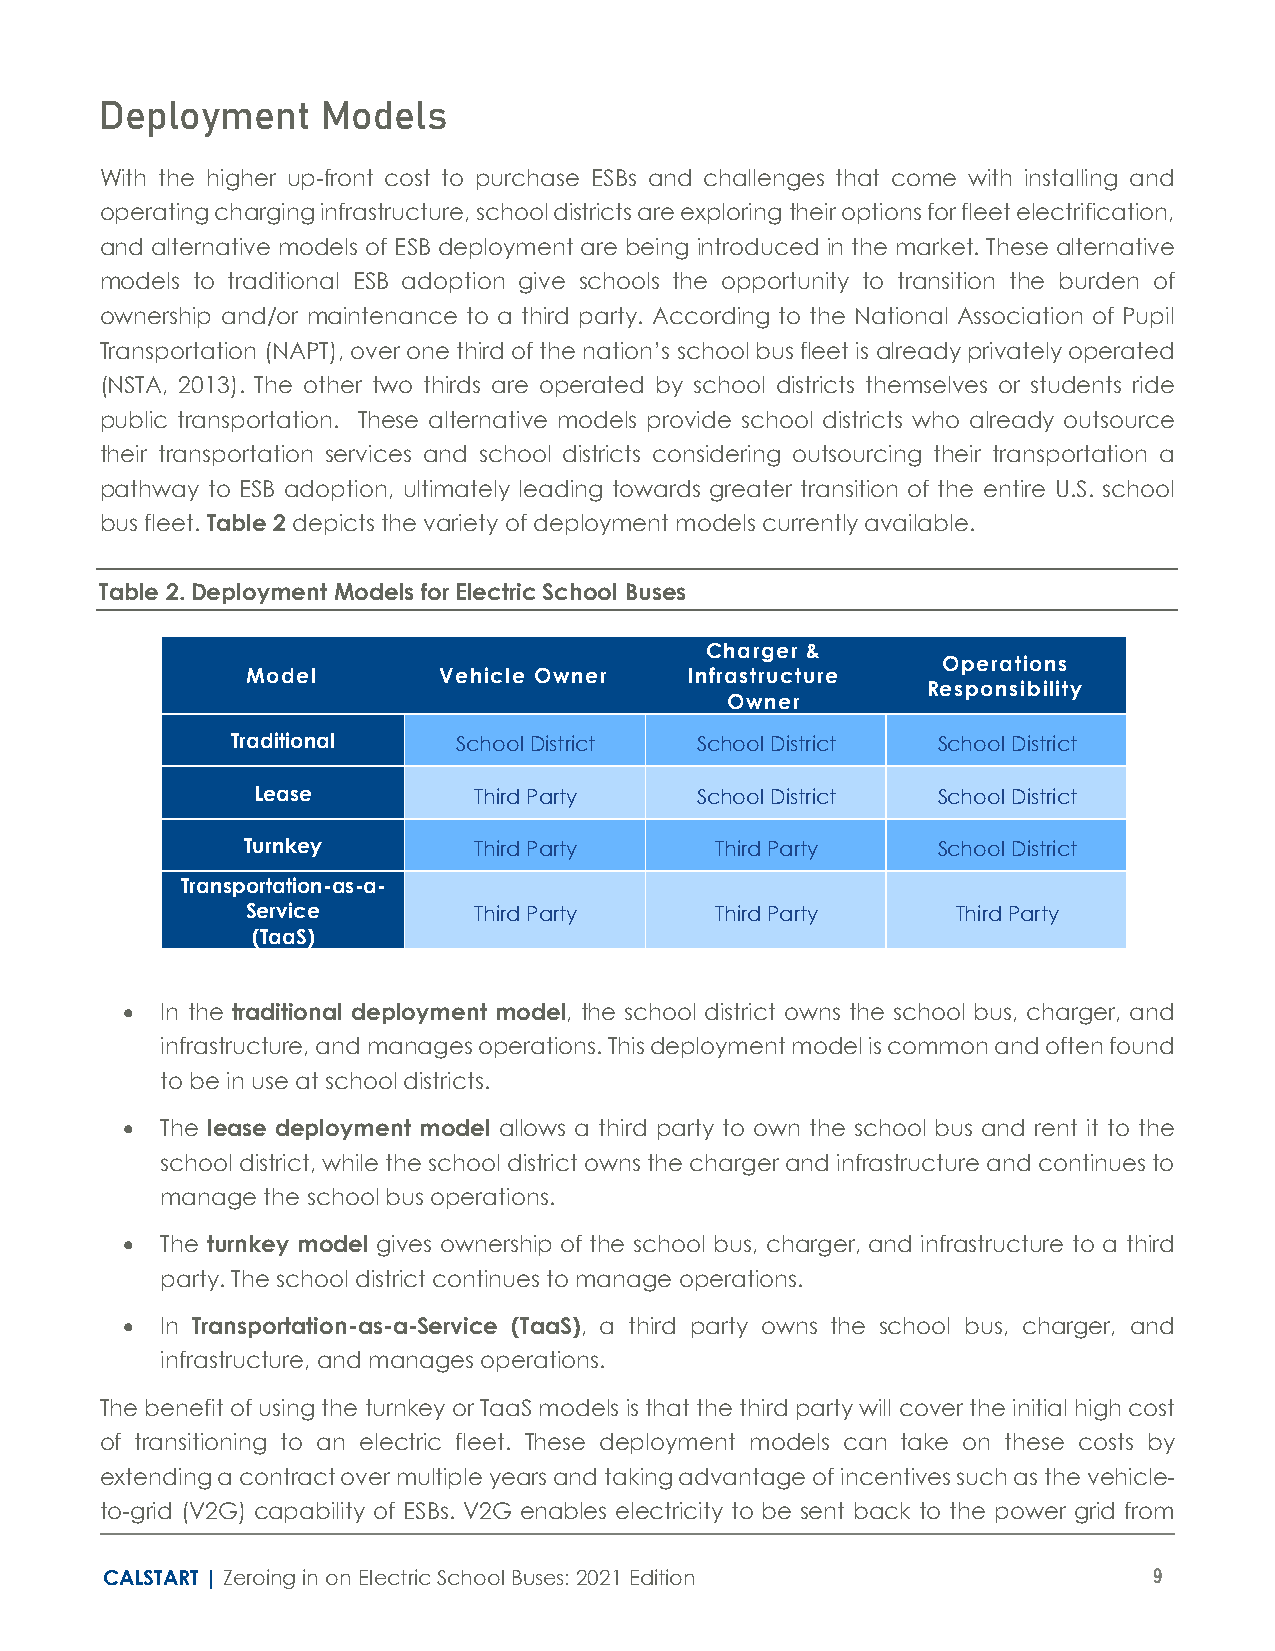
Deployment    Models
 With the higher up-front cost to purchase ESBs and challenges that come with installing and
 operating charging infrastructure, school districts are exploring their options for fleet electrification,
 and alternative models of ESB deployment are being introduced in the market. These alternative
 models to traditional ESB adoption give schools the opportunity to transition the burden of
 ownership and/or maintenance to a third party. According to the National Association of Pupil
 Transportation (NAPT), over one third of the nation’s school bus fleet is already privately operated
 (NSTA, 2013). The other two thirds are operated by school districts themselves or students ride
 public transportation. These alternative models provide school districts who already outsource
 their transportation services and school districts considering outsourcing their transportation a
 pathway to ESB adoption, ultimately leading towards greater transition of the entire U.S. school
 bus fleet. Table 2 depicts the variety of deployment models currently available.
 Table 2. Deployment Models for Electric School Buses
 Charger &
 Operations
 Model        Vehicle Owner    Infrastructure
 Responsibility
 Owner
 Traditional    School District School District School District
 Lease         Third Party    School District School District
 Turnkey        Third Party     Third Party    School District
 Transportation-as-a-
 Service        Third Party     Third Party     Third Party
 (TaaS)
 •  In the traditional deployment model, the school district owns the school bus, charger, and
 infrastructure, and manages operations. This deployment model is common and often found
 to be in use at school districts.
 •  The lease deployment model allows a third party to own the school bus and rent it to the
 school district, while the school district owns the charger and infrastructure and continues to
 manage the school bus operations.
 •  The turnkey model gives ownership of the school bus, charger, and infrastructure to a third
 party. The school district continues to manage operations.
 •  In Transportation-as-a-Service (TaaS), a third party owns the school bus, charger, and
 infrastructure, and manages operations.
 The benefit of using the turnkey or TaaS models is that the third party will cover the initial high cost
 of transitioning to an electric fleet. These deployment models can take on these costs by
 extending a contract over multiple years and taking advantage of incentives such as the vehicle-
 to-grid (V2G) capability of ESBs. V2G enables electricity to be sent back to the power grid from
 CALSTART | Zeroing in on Electric School Buses: 2021 Edition         9